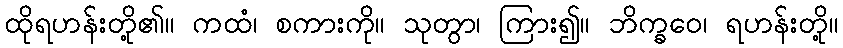
ထိုရဟန်းတို့၏။ ကထံ၊ စကားကို။ သုတွာ၊ ကြား၍။ ဘိက္ခဝေ၊ ရဟန်းတို့။